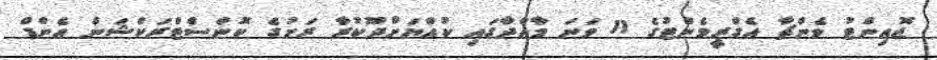
ޖޮއިންޓު ވެންޗާ އެގްރީމެންޓުގެ 11 ވަނަ މާއްދާގައި ކުއްޔަށްދޫކުރާ ރަށުގެ ކޮންސްޓްރަކްޝަން އެންޑް